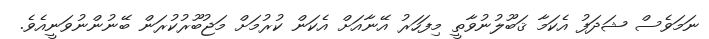
ނަމަވެސް ޝަދަފު އެކަމާ ޤަބޫލުނުވާތީ މިފަހަރު އޭނާއަށް އެކަން ކުރުމަށް މަޖުބޫރުކުރަން ބޭނުންނުވަނީއެވެ.